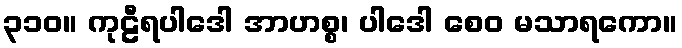
၃၁၀။ ကုဠီရပါဒေါ အာဟစ္စ၊ ပါဒေါ စေဝ မသာရကော။